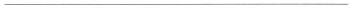
___